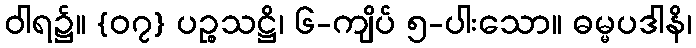
ဝါရ၌။ {၀၇} ပဉ္စသဋ္ဌိ၊ ၆-ကျိပ် ၅-ပါးသော။ ဓမ္မပဒါနိ၊